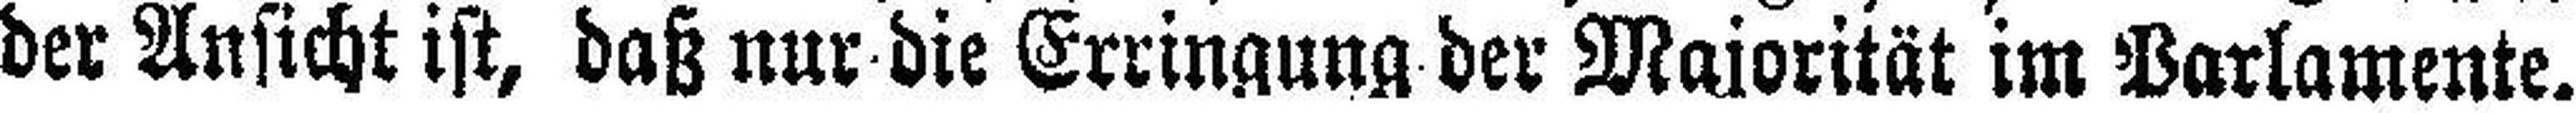
der Ansicht ist, daß nur die Erringung der Majorität im Parlamente.